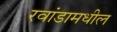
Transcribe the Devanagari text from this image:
रवांडामधील